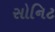
સોનિટ